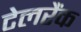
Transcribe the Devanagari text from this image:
टेलरैंक